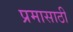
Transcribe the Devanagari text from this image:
प्रमासाठी